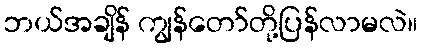
ဘယ်အချိန် ကျွန်တော်တို့ပြန်လာမလဲ။